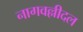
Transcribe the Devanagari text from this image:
नागवल्लीदल